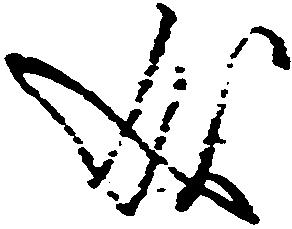
成